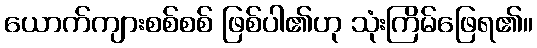
ယောက်ကျားစစ်စစ် ဖြစ်ပါ၏ဟု သုံးကြိမ်ဖြေရ၏။